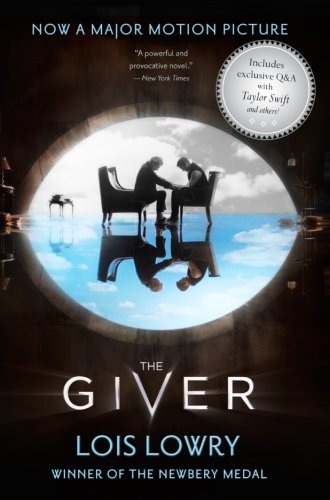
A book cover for The Giver Movie Tie-In Edition (Giver Quartet); Lois Lowry; Teen & Young Adult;